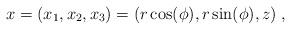
LaTeX: \begin{align*} x=(x_1,x_2,x_3)=(r\cos(\phi),r\sin(\phi),z)\;,\end{align*}